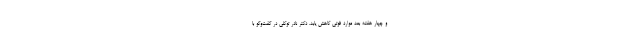
و چهار هفته بعد موارد فوتی کاهش یابد. دکتر نادر توکلی در گفت‌وگو با